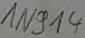
Text: 1N914